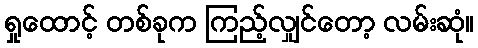
ရှုထောင့် တစ်ခုက ကြည့်လျှင်တော့ လမ်းဆုံ။